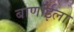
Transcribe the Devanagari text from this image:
बाणाईला